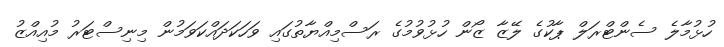
ހުޅުމާލެ ސެންޓްރަލް ޕާކުގެ ލޭޒާ ޒޯން ހުޅުވުމުގެ ރަސްމިއްޔާތުގައި ވަހަކަދައްކަވަމުން މިނިސްޓަރު މުއިއްޒު